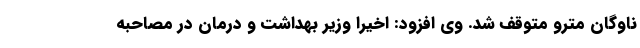
ناوگان مترو متوقف شد. وی افزود: اخیرا وزیر بهداشت و درمان در مصاحبه